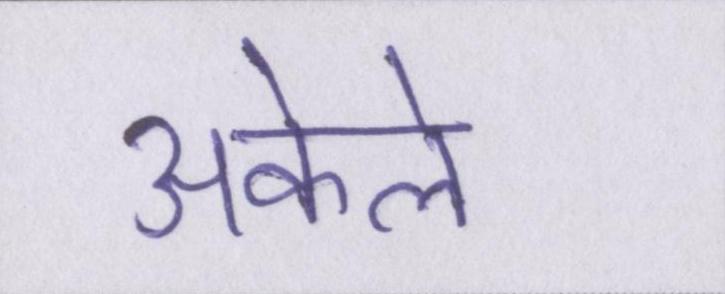
अकेले